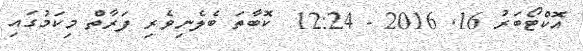
އޮކްޓޯބަރު 16